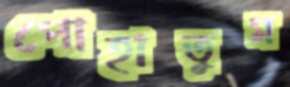
পোহাতুম